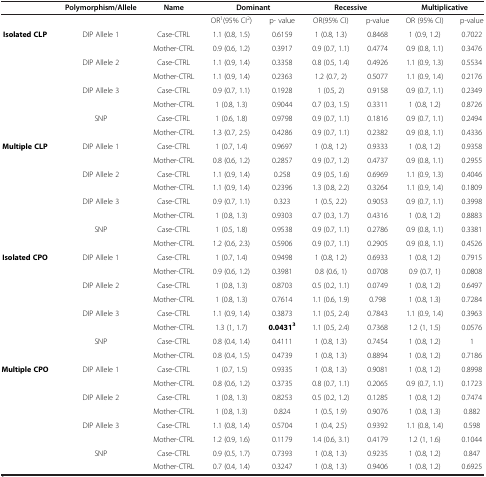
<table><thead><tr><td><b> </b></td><td><b>Polymorphism/Allele</b></td><td><b>Name</b></td><td colspan="2"><b>Dominant</b></td><td colspan="2"><b>Recessive</b></td><td colspan="2"><b>Multiplicative</b></td></tr></thead><tbody><tr><td> </td><td> </td><td> </td><td>OR<sup>1</sup>(95% CI<sup>2</sup>)</td><td>p- value</td><td>OR(95% CI)</td><td>p-value</td><td>OR (95% CI)</td><td>p-value</td></tr><tr><td rowspan="8"><b>Isolated CLP</b></td><td>DIP Allele 1</td><td>Case-CTRL</td><td>1.1 (0.8, 1.5)</td><td>0.6159</td><td>1 (0.8, 1.3)</td><td>0.8468</td><td>1 (0.9, 1.2)</td><td>0.7022</td></tr><tr><td> </td><td>Mother-CTRL</td><td>0.9 (0.6, 1.2)</td><td>0.3917</td><td>0.9 (0.7, 1.1)</td><td>0.4774</td><td>0.9 (0.8, 1.1)</td><td>0.3476</td></tr><tr><td>DIP Allele 2</td><td>Case-CTRL</td><td>1.1 (0.9, 1.4)</td><td>0.3358</td><td>0.8 (0.5, 1.4)</td><td>0.4926</td><td>1.1 (0.9, 1.3)</td><td>0.5534</td></tr><tr><td> </td><td>Mother-CTRL</td><td>1.1 (0.9, 1.4)</td><td>0.2363</td><td>1.2 (0.7, 2)</td><td>0.5077</td><td>1.1 (0.9, 1.4)</td><td>0.2176</td></tr><tr><td>DIP Allele 3</td><td>Case-CTRL</td><td>0.9 (0.7, 1.1)</td><td>0.1928</td><td>1 (0.5, 2)</td><td>0.9158</td><td>0.9 (0.7, 1.1)</td><td>0.2349</td></tr><tr><td> </td><td>Mother-CTRL</td><td>1 (0.8, 1.3)</td><td>0.9044</td><td>0.7 (0.3, 1.5)</td><td>0.3311</td><td>1 (0.8, 1.2)</td><td>0.8726</td></tr><tr><td>SNP</td><td>Case-CTRL</td><td>1 (0.6, 1.8)</td><td>0.9798</td><td>0.9 (0.7, 1.1)</td><td>0.1816</td><td>0.9 (0.7, 1.1)</td><td>0.2494</td></tr><tr><td> </td><td>Mother-CTRL</td><td>1.3 (0.7, 2.5)</td><td>0.4286</td><td>0.9 (0.7, 1.1)</td><td>0.2382</td><td>0.9 (0.8, 1.1)</td><td>0.4336</td></tr><tr><td rowspan="8"><b>Multiple CLP</b></td><td>DIP Allele 1</td><td>Case-CTRL</td><td>1 (0.7, 1.4)</td><td>0.9697</td><td>1 (0.8, 1.2)</td><td>0.9333</td><td>1 (0.8, 1.2)</td><td>0.9358</td></tr><tr><td> </td><td>Mother-CTRL</td><td>0.8 (0.6, 1.2)</td><td>0.2857</td><td>0.9 (0.7, 1.2)</td><td>0.4737</td><td>0.9 (0.8, 1.1)</td><td>0.2955</td></tr><tr><td>DIP Allele 2</td><td>Case-CTRL</td><td>1.1 (0.9, 1.4)</td><td>0.258</td><td>0.9 (0.5, 1.6)</td><td>0.6969</td><td>1.1 (0.9, 1.3)</td><td>0.4046</td></tr><tr><td> </td><td>Mother-CTRL</td><td>1.1 (0.9, 1.4)</td><td>0.2396</td><td>1.3 (0.8, 2.2)</td><td>0.3264</td><td>1.1 (0.9, 1.4)</td><td>0.1809</td></tr><tr><td>DIP Allele 3</td><td>Case-CTRL</td><td>0.9 (0.7, 1.1)</td><td>0.323</td><td>1 (0.5, 2.2)</td><td>0.9053</td><td>0.9 (0.7, 1.1)</td><td>0.3998</td></tr><tr><td> </td><td>Mother-CTRL</td><td>1 (0.8, 1.3)</td><td>0.9303</td><td>0.7 (0.3, 1.7)</td><td>0.4316</td><td>1 (0.8, 1.2)</td><td>0.8883</td></tr><tr><td>SNP</td><td>Case-CTRL</td><td>1 (0.5, 1.8)</td><td>0.9538</td><td>0.9 (0.7, 1.1)</td><td>0.2786</td><td>0.9 (0.8, 1.1)</td><td>0.3381</td></tr><tr><td> </td><td>Mother-CTRL</td><td>1.2 (0.6, 2.3)</td><td>0.5906</td><td>0.9 (0.7, 1.1)</td><td>0.2905</td><td>0.9 (0.8, 1.1)</td><td>0.4526</td></tr><tr><td rowspan="8"><b>Isolated CPO</b></td><td>DIP Allele 1</td><td>Case-CTRL</td><td>1 (0.7, 1.4)</td><td>0.9498</td><td>1 (0.8, 1.2)</td><td>0.6933</td><td>1 (0.8, 1.2)</td><td>0.7915</td></tr><tr><td> </td><td>Mother-CTRL</td><td>0.9 (0.6, 1.2)</td><td>0.3981</td><td>0.8 (0.6, 1)</td><td>0.0708</td><td>0.9 (0.7, 1)</td><td>0.0808</td></tr><tr><td>DIP Allele 2</td><td>Case-CTRL</td><td>1 (0.8, 1.3)</td><td>0.8703</td><td>0.5 (0.2, 1.1)</td><td>0.0749</td><td>1 (0.8, 1.2)</td><td>0.6497</td></tr><tr><td> </td><td>Mother-CTRL</td><td>1 (0.8, 1.3)</td><td>0.7614</td><td>1.1 (0.6, 1.9)</td><td>0.798</td><td>1 (0.8, 1.3)</td><td>0.7284</td></tr><tr><td>DIP Allele 3</td><td>Case-CTRL</td><td>1.1 (0.9, 1.4)</td><td>0.3873</td><td>1.1 (0.5, 2.4)</td><td>0.7843</td><td>1.1 (0.9, 1.4)</td><td>0.3963</td></tr><tr><td> </td><td>Mother-CTRL</td><td>1.3 (1, 1.7)</td><td><b>0.0431</b><sup><b>3</b></sup></td><td>1.1 (0.5, 2.4)</td><td>0.7368</td><td>1.2 (1, 1.5)</td><td>0.0576</td></tr><tr><td>SNP</td><td>Case-CTRL</td><td>0.8 (0.4, 1.4)</td><td>0.4111</td><td>1 (0.8, 1.3)</td><td>0.7454</td><td>1 (0.8, 1.2)</td><td>1</td></tr><tr><td> </td><td>Mother-CTRL</td><td>0.8 (0.4, 1.5)</td><td>0.4739</td><td>1 (0.8, 1.3)</td><td>0.8894</td><td>1 (0.8, 1.2)</td><td>0.7186</td></tr><tr><td rowspan="8"><b>Multiple CPO</b></td><td>DIP Allele 1</td><td>Case-CTRL</td><td>1 (0.7, 1.5)</td><td>0.9335</td><td>1 (0.8, 1.3)</td><td>0.9081</td><td>1 (0.8, 1.2)</td><td>0.8998</td></tr><tr><td> </td><td>Mother-CTRL</td><td>0.8 (0.6, 1.2)</td><td>0.3735</td><td>0.8 (0.7, 1.1)</td><td>0.2065</td><td>0.9 (0.7, 1.1)</td><td>0.1723</td></tr><tr><td>DIP Allele 2</td><td>Case-CTRL</td><td>1 (0.8, 1.3)</td><td>0.8253</td><td>0.5 (0.2, 1.2)</td><td>0.1285</td><td>1 (0.8, 1.2)</td><td>0.7474</td></tr><tr><td> </td><td>Mother-CTRL</td><td>1 (0.8, 1.3)</td><td>0.824</td><td>1 (0.5, 1.9)</td><td>0.9076</td><td>1 (0.8, 1.3)</td><td>0.882</td></tr><tr><td>DIP Allele 3</td><td>Case-CTRL</td><td>1.1 (0.8, 1.4)</td><td>0.5704</td><td>1 (0.4, 2.5)</td><td>0.9392</td><td>1.1 (0.8, 1.4)</td><td>0.598</td></tr><tr><td> </td><td>Mother-CTRL</td><td>1.2 (0.9, 1.6)</td><td>0.1179</td><td>1.4 (0.6, 3.1)</td><td>0.4179</td><td>1.2 (1, 1.6)</td><td>0.1044</td></tr><tr><td>SNP</td><td>Case-CTRL</td><td>0.9 (0.5, 1.7)</td><td>0.7393</td><td>1 (0.8, 1.3)</td><td>0.9235</td><td>1 (0.8, 1.2)</td><td>0.847</td></tr><tr><td> </td><td>Mother-CTRL</td><td>0.7 (0.4, 1.4)</td><td>0.3247</td><td>1 (0.8, 1.3)</td><td>0.9406</td><td>1 (0.8, 1.2)</td><td>0.6925</td></tr></tbody></table>